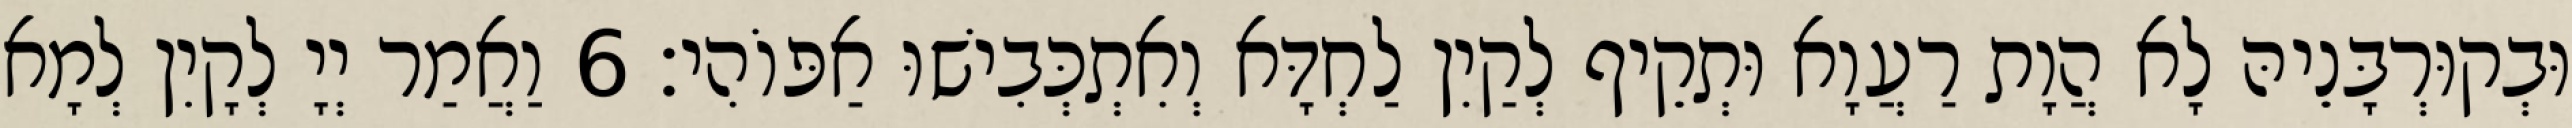
וּבְקוּרְבָּנֵיהּ לָא הֲוָת רַעֲוָא וּתְקֵיף לְקַיִן לַחְדָּא וְאִתְכְּבִישׁוּ אַפּוֹהִי׃ 6 וַאֲמַר יְיָ לְקָיִן לְמָא